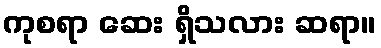
ကုစရာ ဆေး ရှိသလား ဆရာ။